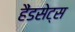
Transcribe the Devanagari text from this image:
हैंडसेट्स